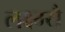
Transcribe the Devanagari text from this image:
लक्ष्म्यै